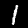
Label: 1